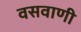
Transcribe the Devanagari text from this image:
वसवाणी